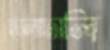
ঢালাঢালি